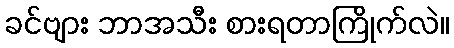
ခင်ဗျား ဘာအသီး စားရတာကြိုက်လဲ။